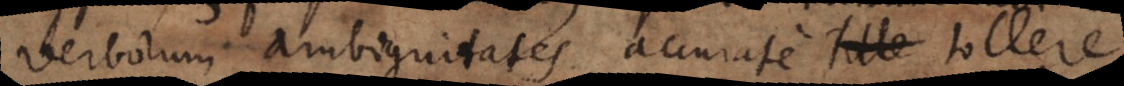
verborum ambiguitates accurate tollere